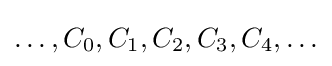
\ldots ,C_{0},C_{1},C_{2},C_{3},C_{4},\ldots